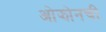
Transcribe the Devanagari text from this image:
ओझोनची